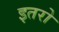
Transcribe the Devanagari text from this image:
इतरो